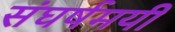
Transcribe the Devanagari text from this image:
संघर्षमयी